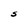
Character: S